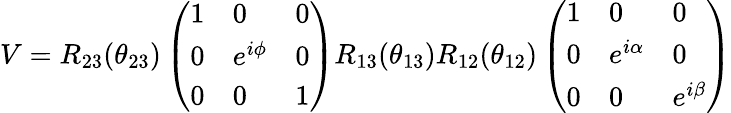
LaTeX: V=R_{23}(\theta_{23})\left(\begin{array}{lll}{{1}}&{{0}}&{{0}}\\ {{0}}&{{e^{i\phi}}}&{{0}}\\ {{0}}&{{0}}&{{1}}\end{array}\right)R_{13}(\theta_{13})R_{12}(\theta_{12})\left(\begin{array}{lll}{{1}}&{{0}}&{{0}}\\ {{0}}&{{e^{i\alpha}}}&{{0}}\\ {{0}}&{{0}}&{{e^{i\beta}}}\end{array}\right)